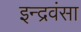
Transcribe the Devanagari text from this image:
इन्द्रवंसा